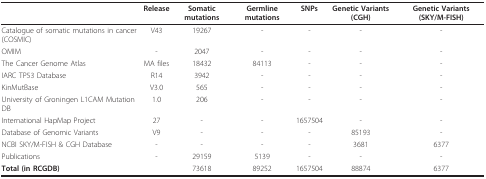
<table><thead><tr><td>[EMPTY_CELL]</td><td><b>Release</b></td><td><b>Somatic mutations</b></td><td><b>Germline mutations</b></td><td><b>SNPs</b></td><td><b>Genetic Variants (CGH)</b></td><td><b>Genetic Variants (SKY/M-FISH)</b></td></tr></thead><tbody><tr><td>Catalogue of somatic mutations in cancer (COSMIC)</td><td>V43</td><td>19267</td><td>-</td><td>-</td><td>-</td><td>-</td></tr><tr><td>OMIM</td><td>-</td><td>2047</td><td>-</td><td>-</td><td>-</td><td>-</td></tr><tr><td>The Cancer Genome Atlas</td><td>MA files</td><td>18432</td><td>84113</td><td>-</td><td>-</td><td>-</td></tr><tr><td>IARC TP53 Database</td><td>R14</td><td>3942</td><td>-</td><td>-</td><td>-</td><td>-</td></tr><tr><td>KinMutBase</td><td>V3.0</td><td>565</td><td>-</td><td>-</td><td>-</td><td>-</td></tr><tr><td>University of Groningen L1CAM Mutation DB</td><td>1.0</td><td>206</td><td>-</td><td>-</td><td>-</td><td>-</td></tr><tr><td>International HapMap Project</td><td>27</td><td>-</td><td>-</td><td>1657504</td><td>-</td><td>-</td></tr><tr><td>Database of Genomic Variants</td><td>V9</td><td>-</td><td>-</td><td>-</td><td>85193</td><td>-</td></tr><tr><td>NCBI SKY/M-FISH &amp; CGH Database</td><td>-</td><td>-</td><td>-</td><td>-</td><td>3681</td><td>6377</td></tr><tr><td>Publications</td><td>-</td><td>29159</td><td>5139</td><td>-</td><td>-</td><td>-</td></tr><tr><td><b>Total (in RCGDB)</b></td><td>[EMPTY_CELL]</td><td>73618</td><td>89252</td><td>1657504</td><td>88874</td><td>6377</td></tr></tbody></table>